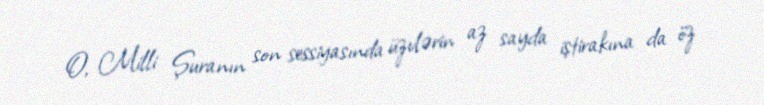
O, Milli Şuranın son sessiyasında üzvlərin az sayda iştirakına da öz